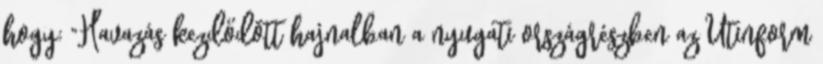
hogy: "Havazás kezdődött hajnalban a nyugati országrészben az Útinform